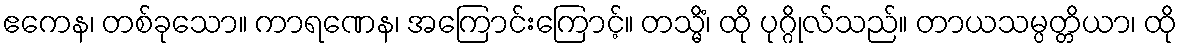
ဧကေန၊ တစ်ခုသော။ ကာရဏေန၊ အကြောင်းကြောင့်။ တသ္မိံ၊ ထို ပုဂ္ဂိုလ်သည်။ တာယသမ္ပတ္တိယာ၊ ထို